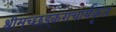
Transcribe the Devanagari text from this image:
श्रीमच्छड़्कराचार्यकृतं